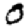
Digit: 0